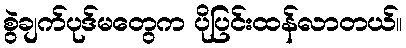
စွဲချက်ပုဒ်မတွေက ပိုပြင်းထန်လာတယ်။